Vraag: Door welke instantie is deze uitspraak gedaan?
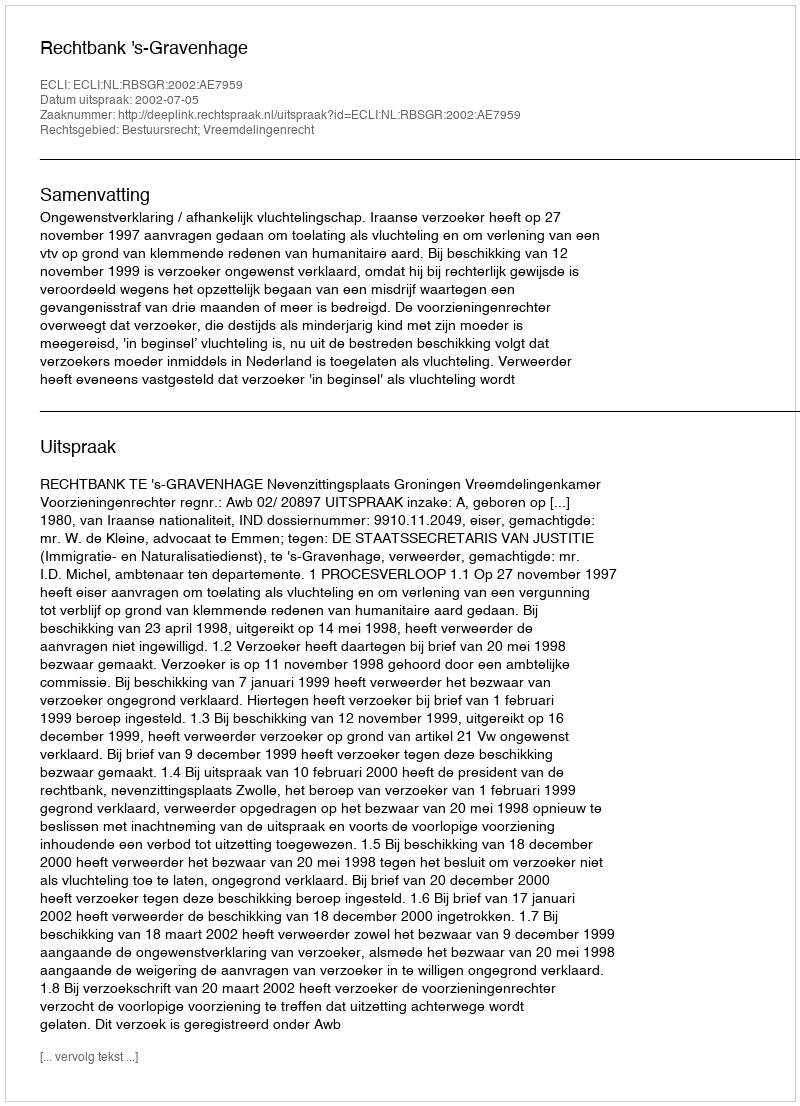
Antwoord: Rechtbank 's-Gravenhage